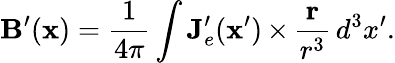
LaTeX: \mathbf{B}^{\prime}(\mathbf{x})=\frac{1}{4\pi}\int\mathbf{J}_{e}^{\prime}(\mathbf{x}^{\prime})\, {\mathbf\times}\, \frac{\mathbf{r}}{r^{3}}\, d^{3}x^{\prime}.